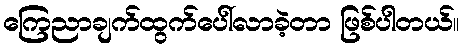
ကြေညာချက်ထွက်ပေါ်လာခဲ့တာ ဖြစ်ပါတယ်။